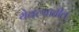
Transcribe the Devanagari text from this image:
येवल्यातील